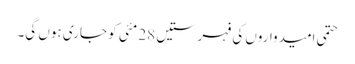
حتمی امیدواروں کی فہرستیں 28 مئی کو جاری ہوں گی۔